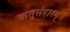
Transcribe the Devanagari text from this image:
ऋतुसंहारम्